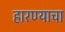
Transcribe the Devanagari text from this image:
हारण्याचा